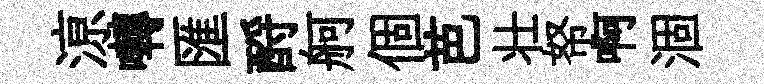
鿌囀匯酹舸個芭壮帑啊涸